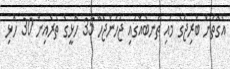
އެގޮތުން ބްރިޖުގެ މައި ތަނބެއްގައި ޖަހަންޖެހޭ 35 ހޮޅީގެ ތެރެއިން 30 ހޮޅި